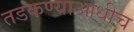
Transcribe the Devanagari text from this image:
तडकण्याआधीच